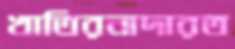
খাতিরনাদারত